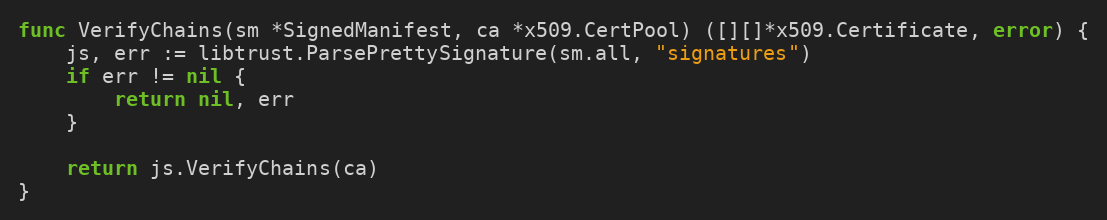
Language: Go
func VerifyChains(sm *SignedManifest, ca *x509.CertPool) ([][]*x509.Certificate, error) {
	js, err := libtrust.ParsePrettySignature(sm.all, "signatures")
	if err != nil {
		return nil, err
	}

	return js.VerifyChains(ca)
}